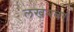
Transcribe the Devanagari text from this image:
लखनवर